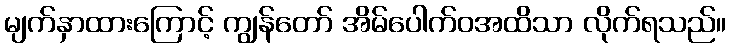
မျက်နှာထားကြောင့် ကျွန်တော် အိမ်ပေါက်ဝအထိသာ လိုက်ရသည်။